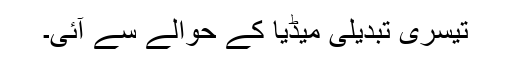
تیسری تبدیلی میڈیا کے حوالے سے آئی۔